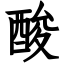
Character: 酸